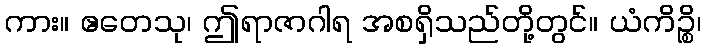
ကား။ ဧတေသု၊ ဤရာဇာဂါရ အစရှိသည်တို့တွင်။ ယံကိဉ္စိ၊